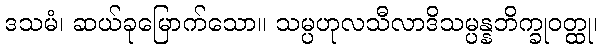
ဒသမံ၊ ဆယ်ခုမြောက်သော။ သမ္ပဟုလသီလာဒိသမ္ပန္နဘိက္ခုဝတ္ထု၊